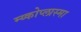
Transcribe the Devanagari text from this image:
म्य्कोप्लास्मा